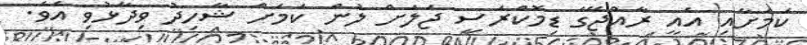
ކަމަށާއި އެއީ ރާއްޖޭގެ ޑިމޮކްރަސީ ޖަލަށް ލުން ކަމަށް ޝާހިދު ވިދާޅުވި އެވެ.